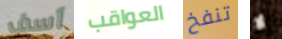
آسف العواقب تنفخ لا